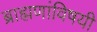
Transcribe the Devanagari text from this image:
ब्राह्मणांविषयी